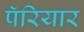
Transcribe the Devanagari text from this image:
पॅरियार